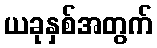
ယခုနှစ်အတွက်